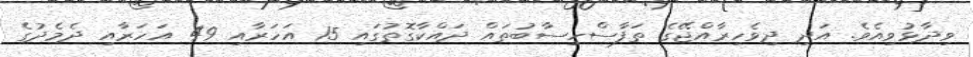
ވިދާޅުވިއެވެ. އަދި ދިވެހިރާއްޖޭގެ ތަފާސްހިސާބުތައް ދައްކާގޮތުގައި 15 އަހަރާއި 49 އަހަރާއި ދެމެދުގެ